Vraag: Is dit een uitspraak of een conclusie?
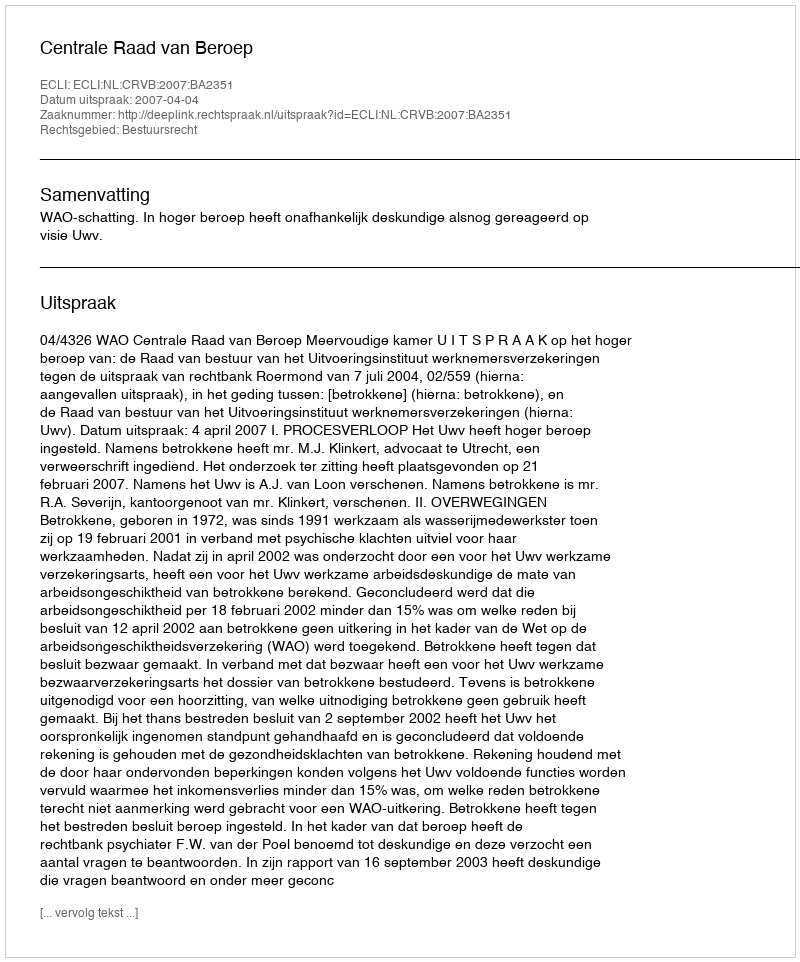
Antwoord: Uitspraak